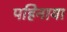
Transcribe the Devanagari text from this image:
पहिनाया